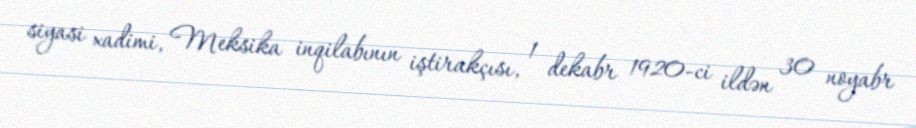
siyasi xadimi, Meksika inqilabının iştirakçısı, 1 dekabr 1920-ci ildən 30 noyabr